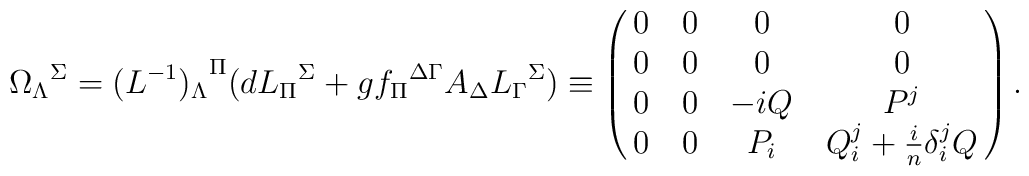
{\Omega_\Lambda}^\Sigma={(L^{-1})_\Lambda}^\Pi (d{L_\Pi}^\Sigma+g {f_\Pi}^{\Delta \Gamma} A_\Delta {L_\Gamma}^\Sigma)\equiv\left(\matrix{0&0&0&0\cr              0&0&0&0\cr              0&0&-i Q & P^j\cr              0&0&P_i & Q_i^j+{i\over n}\delta_i^j Q}\right).